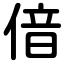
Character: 偣